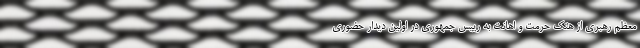
معظم رهبری از هتک حرمت و اهانت به رییس جمهوری در اولین دیدار حضوری